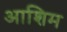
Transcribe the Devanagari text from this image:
आशिम